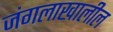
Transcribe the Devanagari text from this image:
जंगलाखालील